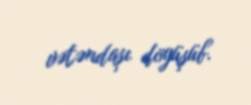
vətəndaşı döyüşüb.